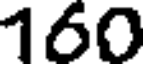
160